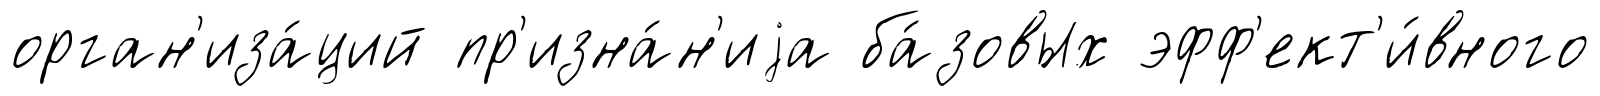
орган'иза́ций пр'изна́н'иjа ба́зовых эфф'ект'и́вного